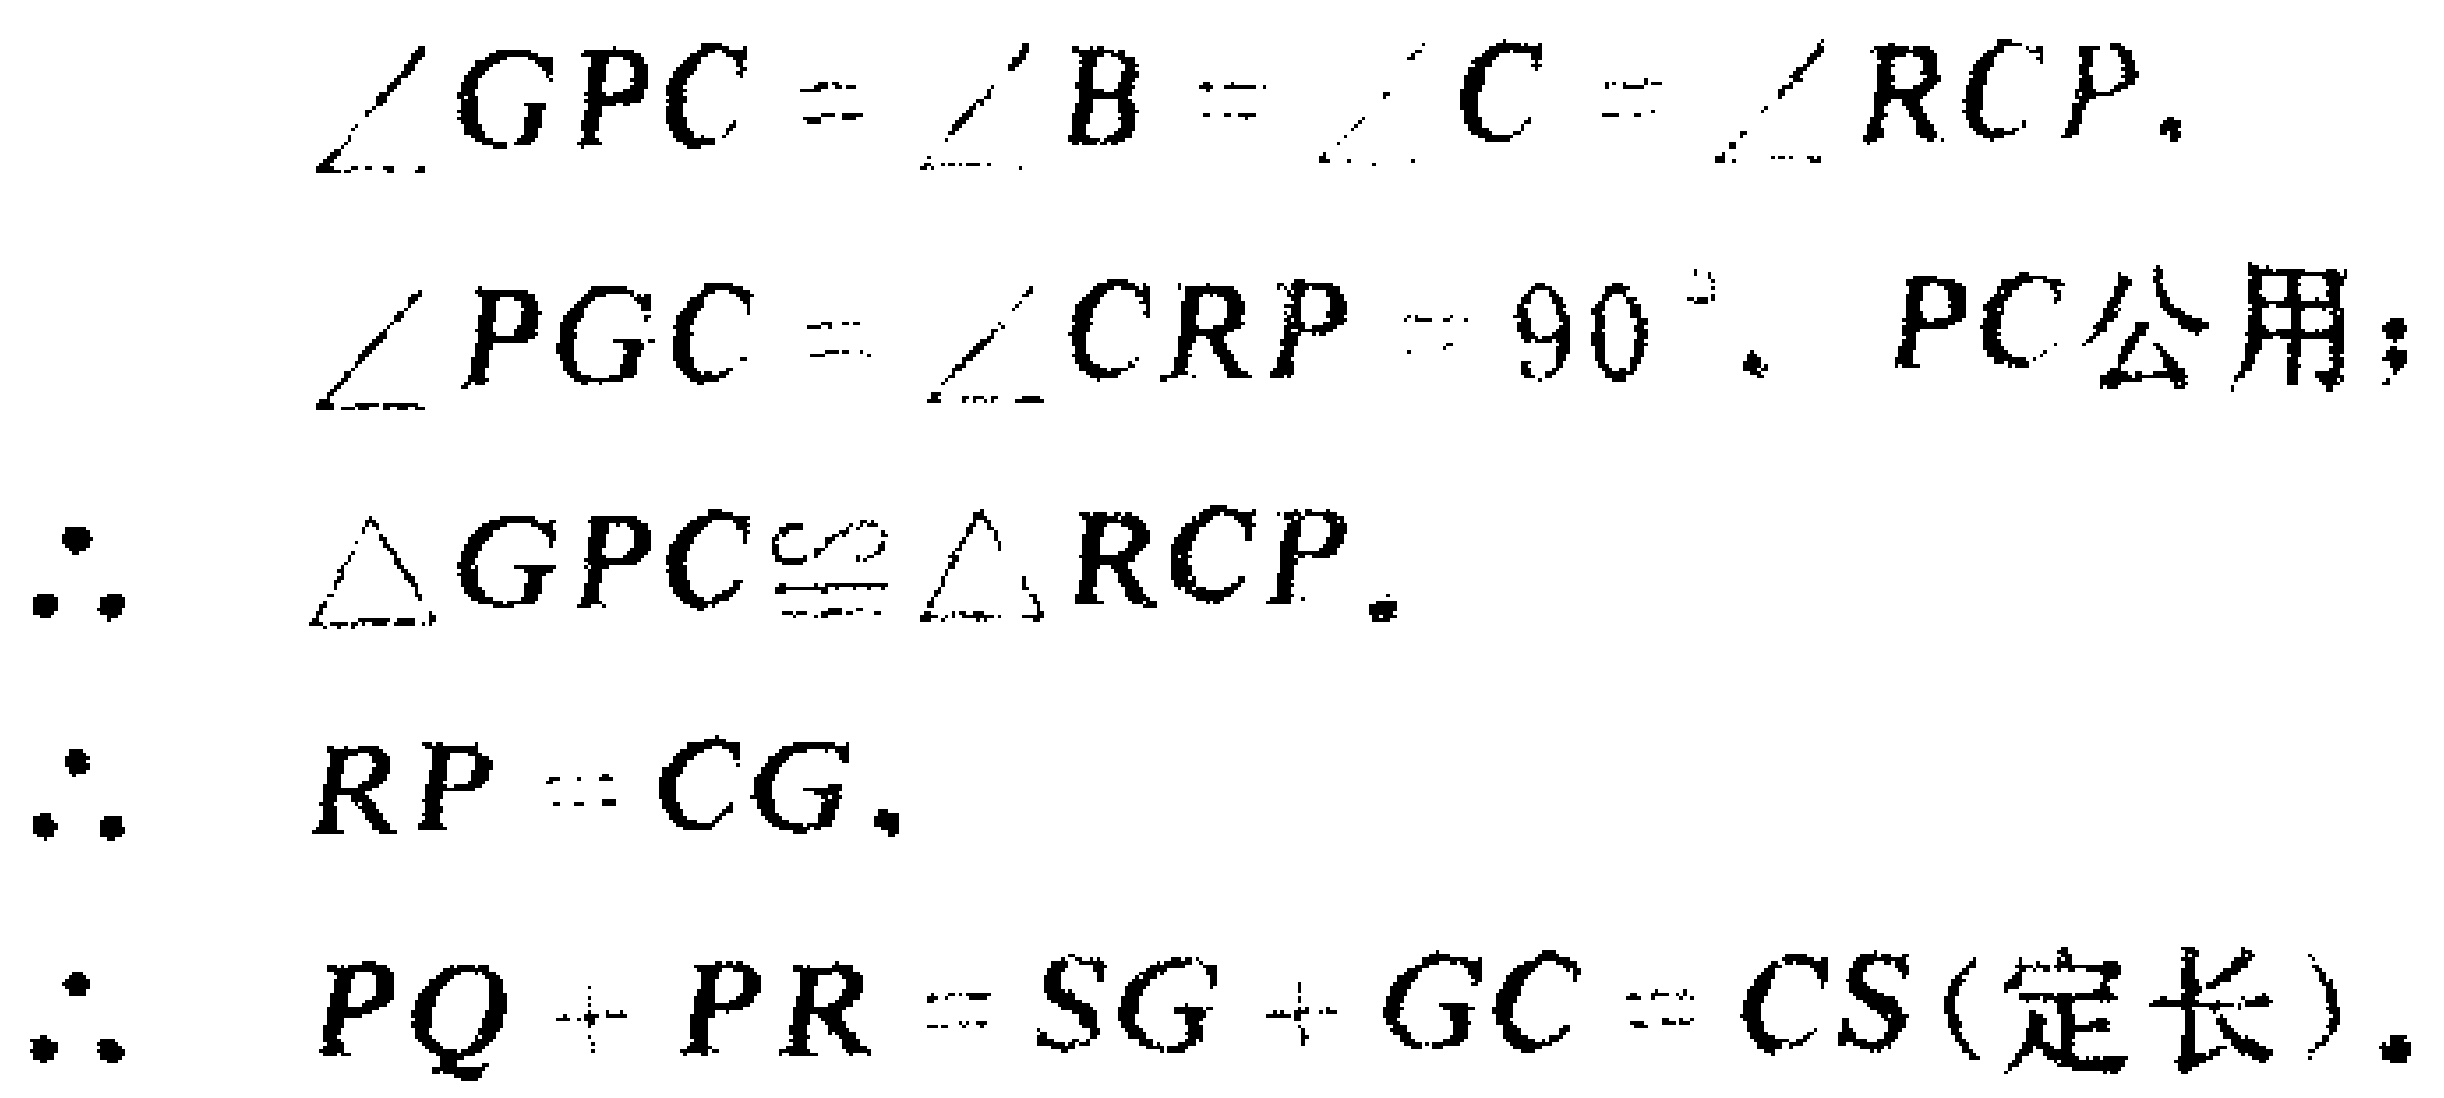
\[\begin{align*}
\angle GPC&=\angle B=\angle C = \angle RCP.\\
\angle PGC&=\angle CRP = 90^{\circ},\ PC\text{ 公用；}\\
\therefore\ \triangle GPC&\cong\triangle RCP.\\
\therefore\ RP&=CG.\\
\therefore\ PQ + PR&=SG + GC = CS(\text{定长}).
\end{align*}\]